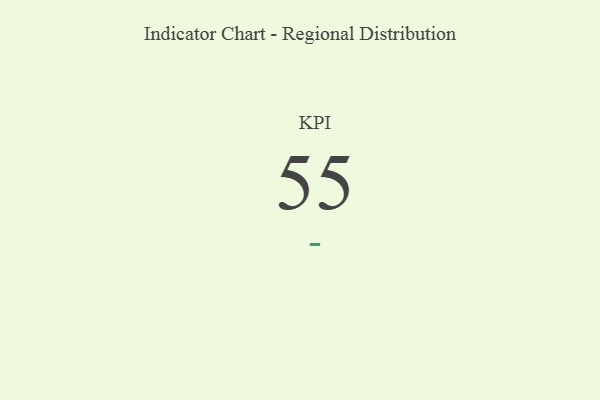
{"axis": {"x": "KPI", "y": "Value"}, "legend": [""], "data": [{"x": "KPI", "y": 55, "type": ""}]}